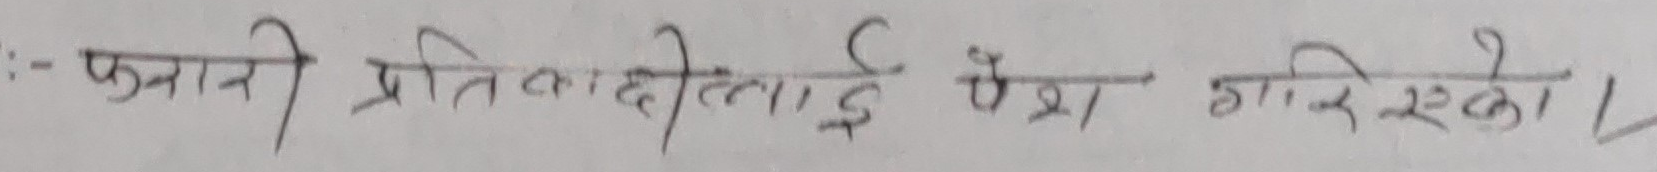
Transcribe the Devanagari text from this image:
-: फुसारे प्रतिवादीलाई पेश गरिएको l